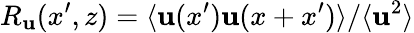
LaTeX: R_{\mathbf{u}}(x^{\prime},z)=\langle\mathbf{u}(x^{\prime})\mathbf{u}(x+x^{\prime})\rangle/\langle\mathbf{u}^{2}\rangle